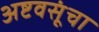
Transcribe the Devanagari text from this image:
अष्टवसूंचा